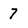
Character: 7